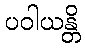
ပဝါယန္တိ